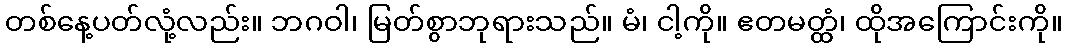
တစ်နေ့ပတ်လုံ့လည်း။ ဘဂဝါ၊ မြတ်စွာဘုရားသည်။ မံ၊ ငါ့ကို။ ဧတမတ္ထံ၊ ထိုအကြောင်းကို။